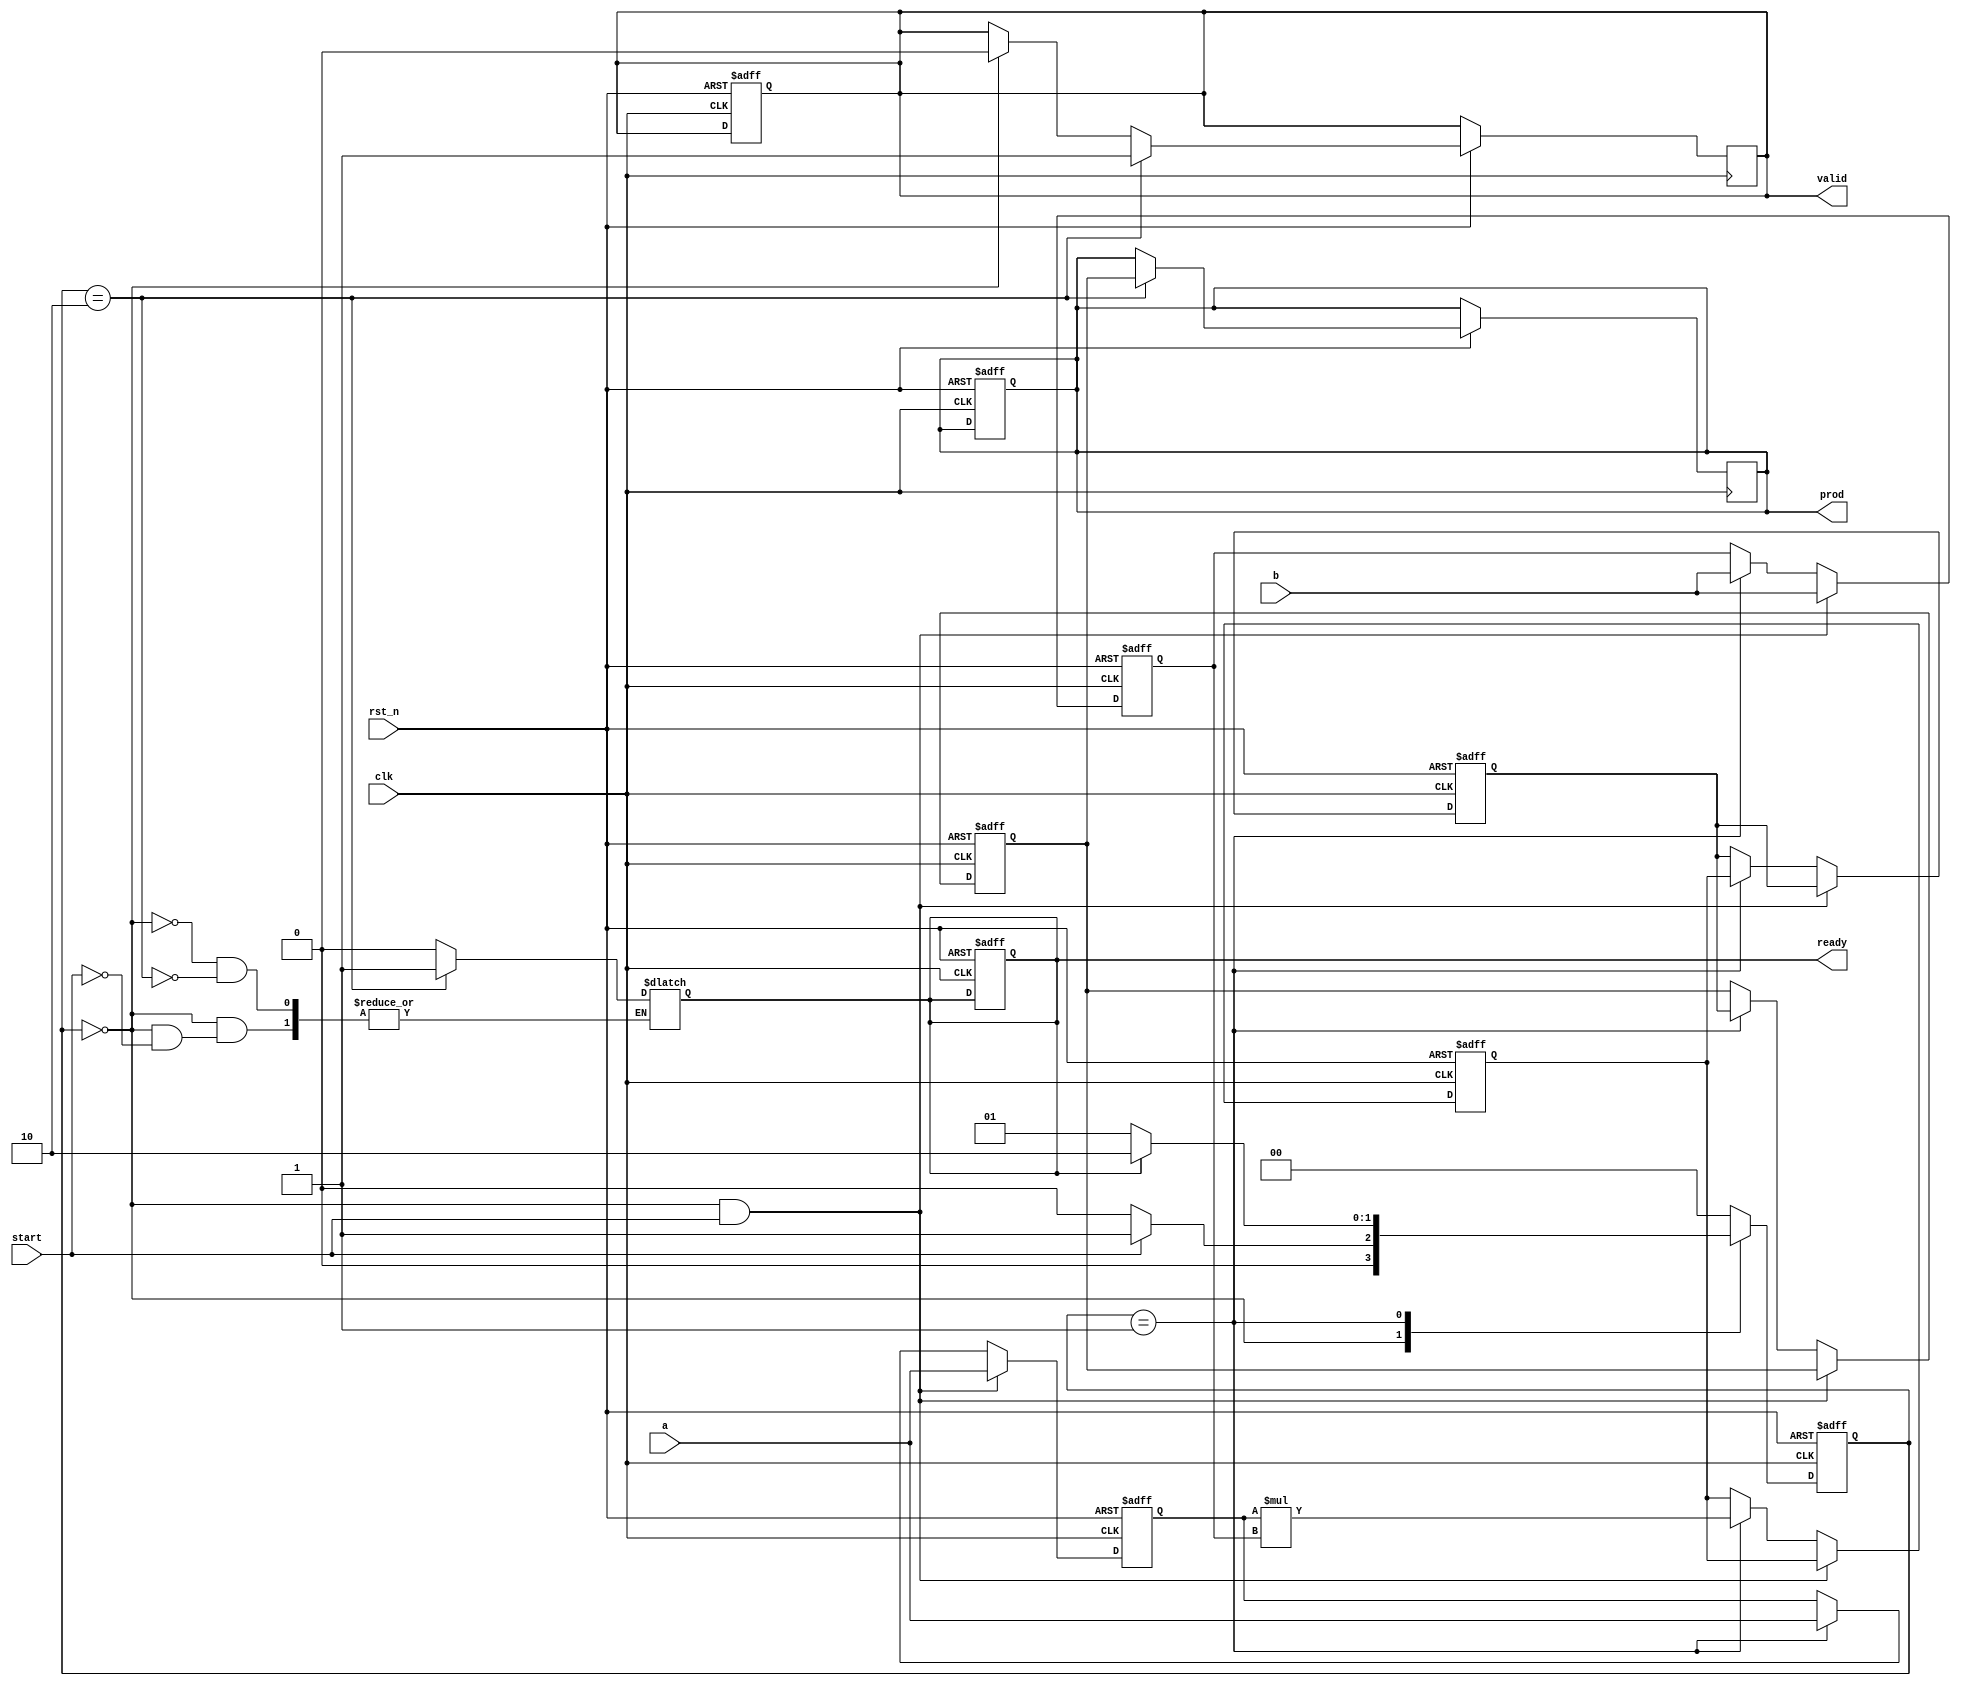
module StreamingMultiplier #(
    parameter DATA_WIDTH = 16,   // Bit-width for input operands
    parameter PIPELINE_DEPTH = 3  // Number of pipeline stages
)(
    input wire clk,
    input wire rst_n,
    input wire [DATA_WIDTH-1:0] a,   // First operand
    input wire [DATA_WIDTH-1:0] b,   // Second operand
    input wire start,                 // Start signal
    output reg ready,                 // Ready signal
    output reg valid,                 // Valid output signal
    output reg [2*DATA_WIDTH-1:0] prod // Product output
);

    reg [DATA_WIDTH-1:0] a_reg [0:PIPELINE_DEPTH-1]; // Pipeline registers for operand a
    reg [DATA_WIDTH-1:0] b_reg [0:PIPELINE_DEPTH-1]; // Pipeline registers for operand b
    
    // Intermediate products for pipelining
    reg [2*DATA_WIDTH-1:0] partial_prod [0:PIPELINE_DEPTH-1];
    integer i;

    // State machine for operation control
    reg [1:0] state, next_state;
    localparam IDLE = 2'b00, PROCESS = 2'b01, OUTPUT = 2'b10;

    always @(posedge clk or negedge rst_n) begin
        if (!rst_n) begin
            state <= IDLE;
            ready <= 1'b1;
            valid <= 1'b0;
            prod <= 0;
        end else begin
            state <= next_state;
        end
    end

    // State transition logic
    always @(*) begin
        case(state)
            IDLE: begin
                if (start) begin
                    next_state = PROCESS;
                    ready = 1'b0;
                end else begin
                    next_state = IDLE;
                end
            end
            PROCESS: begin
                if (ready) begin
                    next_state = OUTPUT;
                end else begin
                    next_state = PROCESS;
                end
            end
            OUTPUT: begin
                next_state = IDLE;
                ready = 1'b1;
            end
            default: next_state = IDLE;
        endcase
    end

    // Pipelined multiplication logic
    always @(posedge clk or negedge rst_n) begin
        if (!rst_n) begin
            for (i = 0; i < PIPELINE_DEPTH; i = i + 1) begin
                a_reg[i] <= 0;
                b_reg[i] <= 0;
                partial_prod[i] <= 0;
            end
        end else begin
            if (state == IDLE && start) begin
                a_reg[0] <= a;
                b_reg[0] <= b;
            end else if (state == PROCESS) begin
                // Shift registers
                for (i = PIPELINE_DEPTH-1; i > 0; i = i - 1) begin
                    a_reg[i] <= a_reg[i-1];
                    b_reg[i] <= b_reg[i-1];
                end
                a_reg[0] <= a;
                b_reg[0] <= b;

                // Compute partial products in each stage
                partial_prod[0] <= a_reg[0] * b_reg[0];
                for (i = 1; i < PIPELINE_DEPTH; i = i + 1) begin
                    partial_prod[i] <= partial_prod[i-1];
                end
            end
            if (state == OUTPUT) begin
                valid <= 1'b1;
                prod <= partial_prod[PIPELINE_DEPTH-1];
            end else if (state == IDLE) begin
                valid <= 1'b0;
            end
        end
    end

endmodule